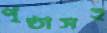
পৃষ্ঠাসহ